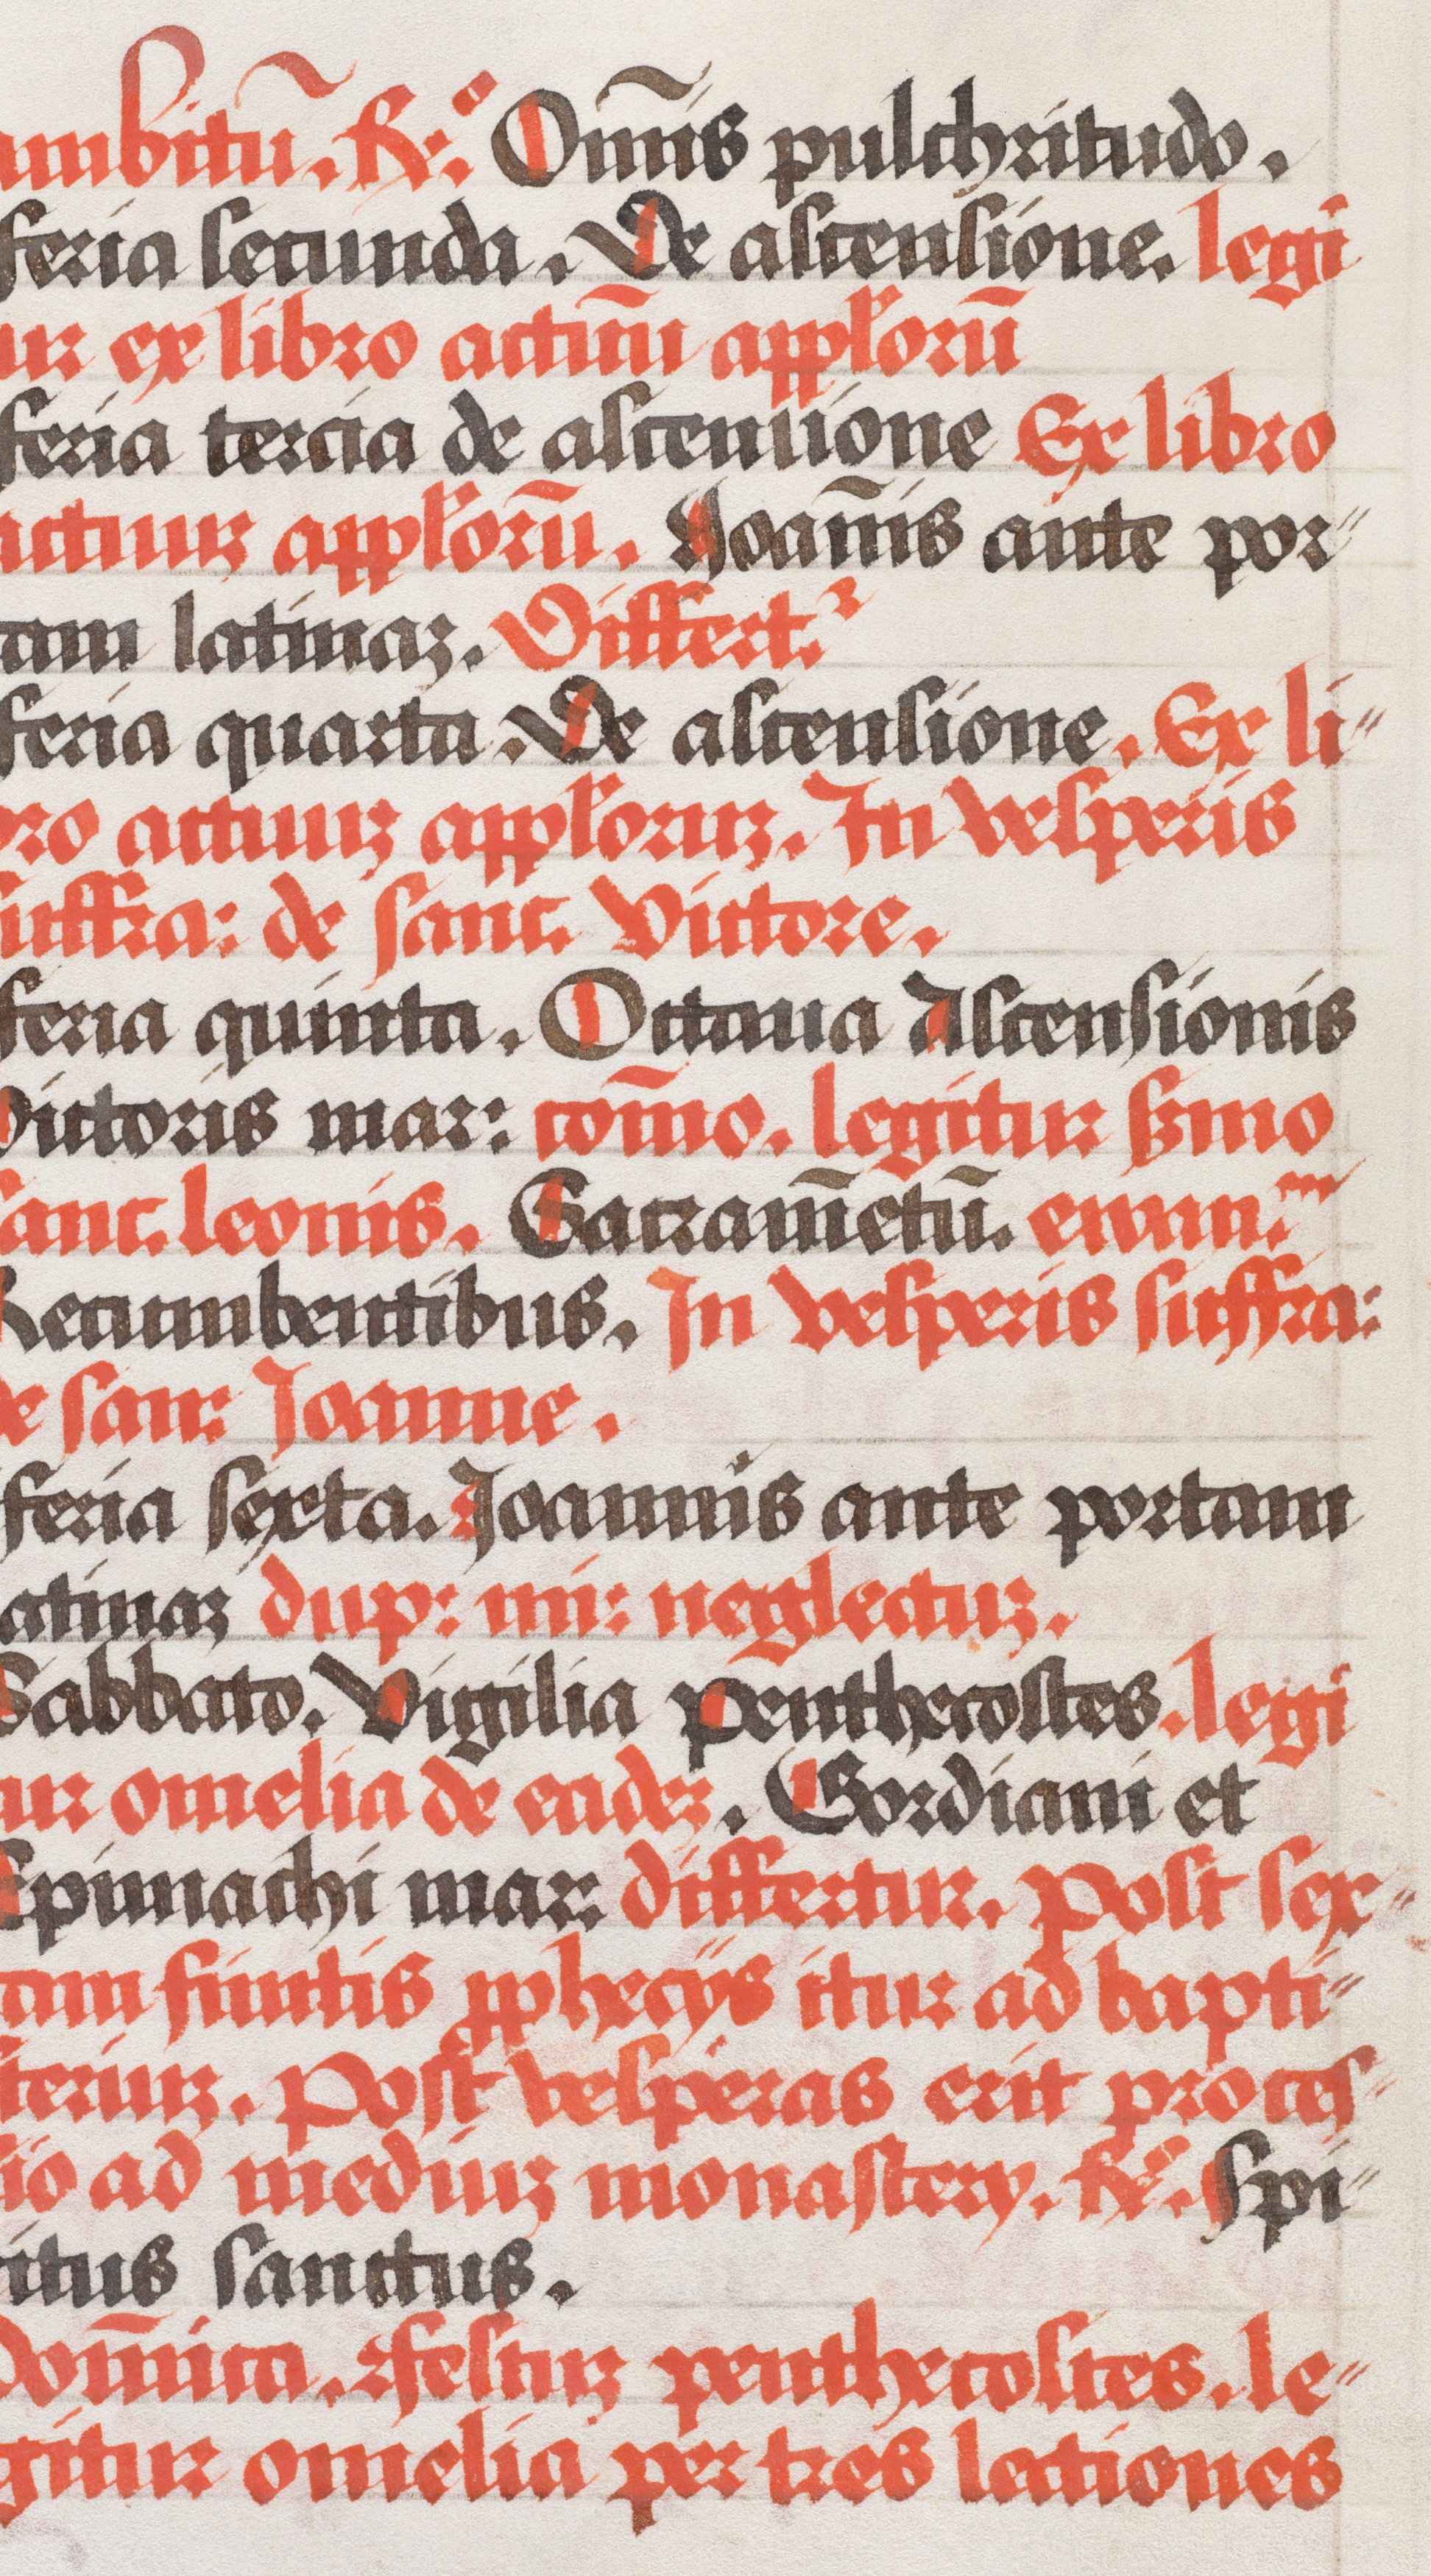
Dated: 1490–1535